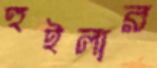
হুইলার